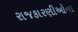
રાજકારણીઓના